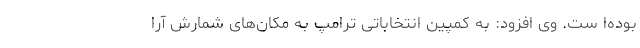
بوده‌ا ست. وی افزود: به کمپین انتخاباتی ترامپ به مکان‌های شمارش آرا